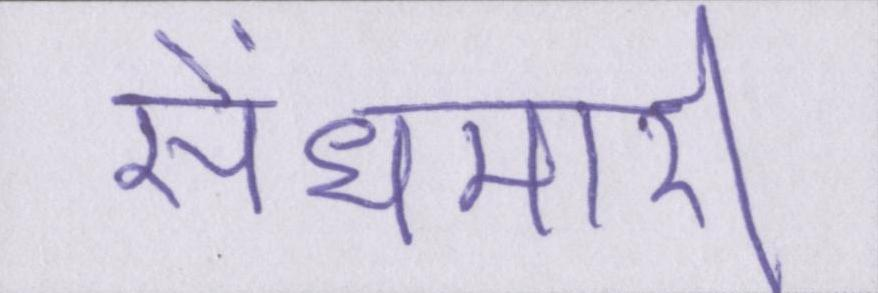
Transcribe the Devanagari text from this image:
सेंधमारी